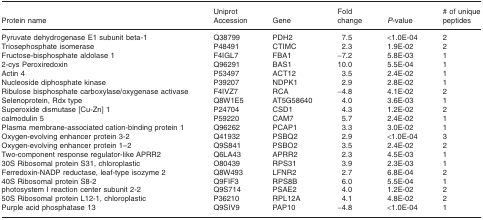
| Protein name | Uniprot Accession | Gene | Fold change | P-value | # of unique peptides |
 | --- | --- | --- | --- | --- | --- |
 | Pyruvate dehydrogenase E1 subunit beta-1 | Q38799 | PDH2 | 7.5 | <1.0E-04 | 2 |
 | Triosephosphate isomerase | P48491 | CTIMC | 2.3 | 1.9E-02 | 2 |
 | Fructose-bisphosphate aldolase 1 | F4IGL7 | FBA1 | −7.2 | 5.8E-03 | 1 |
 | 2-cys Peroxiredoxin | Q96291 | BAS1 | 10.0 | 5.5E-04 | 1 |
 | Actin 4 | P53497 | ACT12 | 3.5 | 2.4E-02 | 1 |
 | Nucleoside diphosphate kinase | P39207 | NDPK1 | 2.9 | 2.8E-02 | 1 |
 | Ribulose bisphosphate carboxylase/oxygenase activase | F4IVZ7 | RCA | −4.8 | 4.1E-02 | 2 |
 | Selenoprotein, Rdx type | Q8W1E5 | AT5G58640 | 4.0 | 3.6E-03 | 1 |
 | Superoxide dismutase [Cu-Zn] 1 | P24704 | CSD1 | 4.3 | 1.2E-02 | 2 |
 | calmodulin 5 | P59220 | CAM7 | 5.7 | 2.4E-02 | 1 |
 | Plasma membrane-associated cation-binding protein 1 | Q96262 | PCAP1 | 3.3 | 3.0E-02 | 1 |
 | Oxygen-evolving enhancer protein 3-2 | Q41932 | PSBQ2 | 2.9 | <1.0E-04 | 3 |
 | Oxygen-evolving enhancer protein 1–2 | Q9S841 | PSBO2 | 3.5 | 2.4E-02 | 2 |
 | Two-component response regulator-like APRR2 | Q6LA43 | APRR2 | 2.3 | 4.5E-03 | 1 |
 | 30S Ribosomal protein S31, chloroplastic | O80439 | RPS31 | 3.9 | 2.3E-03 | 1 |
 | Ferredoxin-NADP reductase, leaf-type isozyme 2 | Q8W493 | LFNR2 | 2.7 | 6.8E-04 | 2 |
 | 40S Ribosomal protein S8-2 | Q9FIF3 | RPS8B | 6.0 | 5.5E-04 | 1 |
 | photosystem I reaction center subunit 2-2 | Q9S714 | PSAE2 | 4.0 | 1.2E-02 | 2 |
 | 50S Ribosomal protein L12-1, chloroplastic | P36210 | RPL12A | 4.1 | 4.8E-02 | 2 |
 | Purple acid phosphatase 13 | Q9SIV9 | PAP10 | −4.8 | <1.0E-04 | 1 |